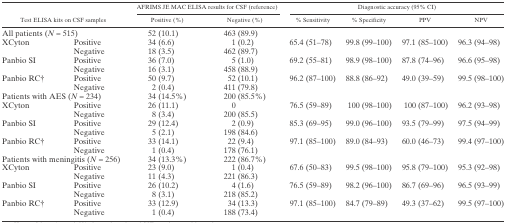
<table><thead><tr><td rowspan="2" colspan="2"><b>Test ELISA kits on CSF samples</b></td><td colspan="2"><b>AFRIMS JE MAC ELISA results for CSF (reference)</b></td><td colspan="4"><b>Diagnostic accuracy (95% CI)</b></td></tr><tr><td><b>Positive (%)</b></td><td><b>Negative (%)</b></td><td><b>% Sensitivity</b></td><td><b>% Specificity</b></td><td><b>PPV</b></td><td><b>NPV</b></td></tr></thead><tbody><tr><td colspan="2">All patients (<i>N</i> = 515)</td><td>52 (10.1)</td><td>463 (89.9)</td><td></td><td></td><td></td><td></td></tr><tr><td rowspan="2">XCyton</td><td>Positive</td><td>34 (6.6)</td><td>1 (0.2)</td><td>65.4 (51–78)</td><td>99.8 (99–100)</td><td>97.1 (85–100)</td><td>96.3 (94–98)</td></tr><tr><td>Negative</td><td>18 (3.5)</td><td>462 (89.7)</td></tr><tr><td rowspan="2">Panbio SI</td><td>Positive</td><td>36 (7.0)</td><td>5 (1.0)</td><td>69.2 (55–81)</td><td>98.9 (98–100)</td><td>87.8 (74–96)</td><td>96.6 (95–98)</td></tr><tr><td>Negative</td><td>16 (3.1)</td><td>458 (88.9)</td></tr><tr><td rowspan="2">Panbio RC†</td><td>Positive</td><td>50 (9.7)</td><td>52 (10.1)</td><td>96.2 (87–100)</td><td>88.8 (86–92)</td><td>49.0 (39–59)</td><td>99.5 (98–100)</td></tr><tr><td>Negative</td><td>2 (0.4)</td><td>411 (79.8)</td></tr><tr><td colspan="2">Patients with AES (<i>N</i> = 234)</td><td>34 (14.5%)</td><td>200 (85.5%)</td><td></td><td></td><td></td><td></td></tr><tr><td rowspan="2">XCyton</td><td>Positive</td><td>26 (11.1)</td><td>0</td><td>76.5 (59–89)</td><td>100 (98–100)</td><td>100 (87–100)</td><td>96.2 (93–98)</td></tr><tr><td>Negative</td><td>8 (3.4)</td><td>200 (85.5)</td></tr><tr><td rowspan="2">Panbio SI</td><td>Positive</td><td>29 (12.4)</td><td>2 (0.9)</td><td>85.3 (69–95)</td><td>99.0 (96–100)</td><td>93.5 (79–99)</td><td>97.5 (94–99)</td></tr><tr><td>Negative</td><td>5 (2.1)</td><td>198 (84.6)</td></tr><tr><td rowspan="2">Panbio RC†</td><td>Positive</td><td>33 (14.1)</td><td>22 (9.4)</td><td>97.1 (85–100)</td><td>89.0 (84–93)</td><td>60.0 (46–73)</td><td>99.4 (97–100)</td></tr><tr><td>Negative</td><td>1 (0.4)</td><td>178 (76.1)</td></tr><tr><td colspan="2">Patients with meningitis (<i>N</i> = 256)</td><td>34 (13.3%)</td><td>222 (86.7%)</td><td></td><td></td><td></td><td></td></tr><tr><td rowspan="2">XCyton</td><td>Positive</td><td>23 (9.0)</td><td>1 (0.4)</td><td>67.6 (50–83)</td><td>99.5 (98–100)</td><td>95.8 (79–100)</td><td>95.3 (92–98)</td></tr><tr><td>Negative</td><td>11 (4.3)</td><td>221 (86.3)</td></tr><tr><td rowspan="2">Panbio SI</td><td>Positive</td><td>26 (10.2)</td><td>4 (1.6)</td><td>76.5 (59–89)</td><td>98.2 (96–100)</td><td>86.7 (69–96)</td><td>96.5 (93–99)</td></tr><tr><td>Negative</td><td>8 (3.1)</td><td>218 (85.2)</td></tr><tr><td rowspan="2">Panbio RC†</td><td>Positive</td><td>33 (12.9)</td><td>34 (13.3)</td><td>97.1 (85–100)</td><td>84.7 (79–89)</td><td>49.3 (37–62)</td><td>99.5 (97–100)</td></tr><tr><td>Negative</td><td>1 (0.4)</td><td>188 (73.4)</td></tr></tbody></table>